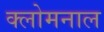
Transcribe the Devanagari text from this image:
क्लोमनाल